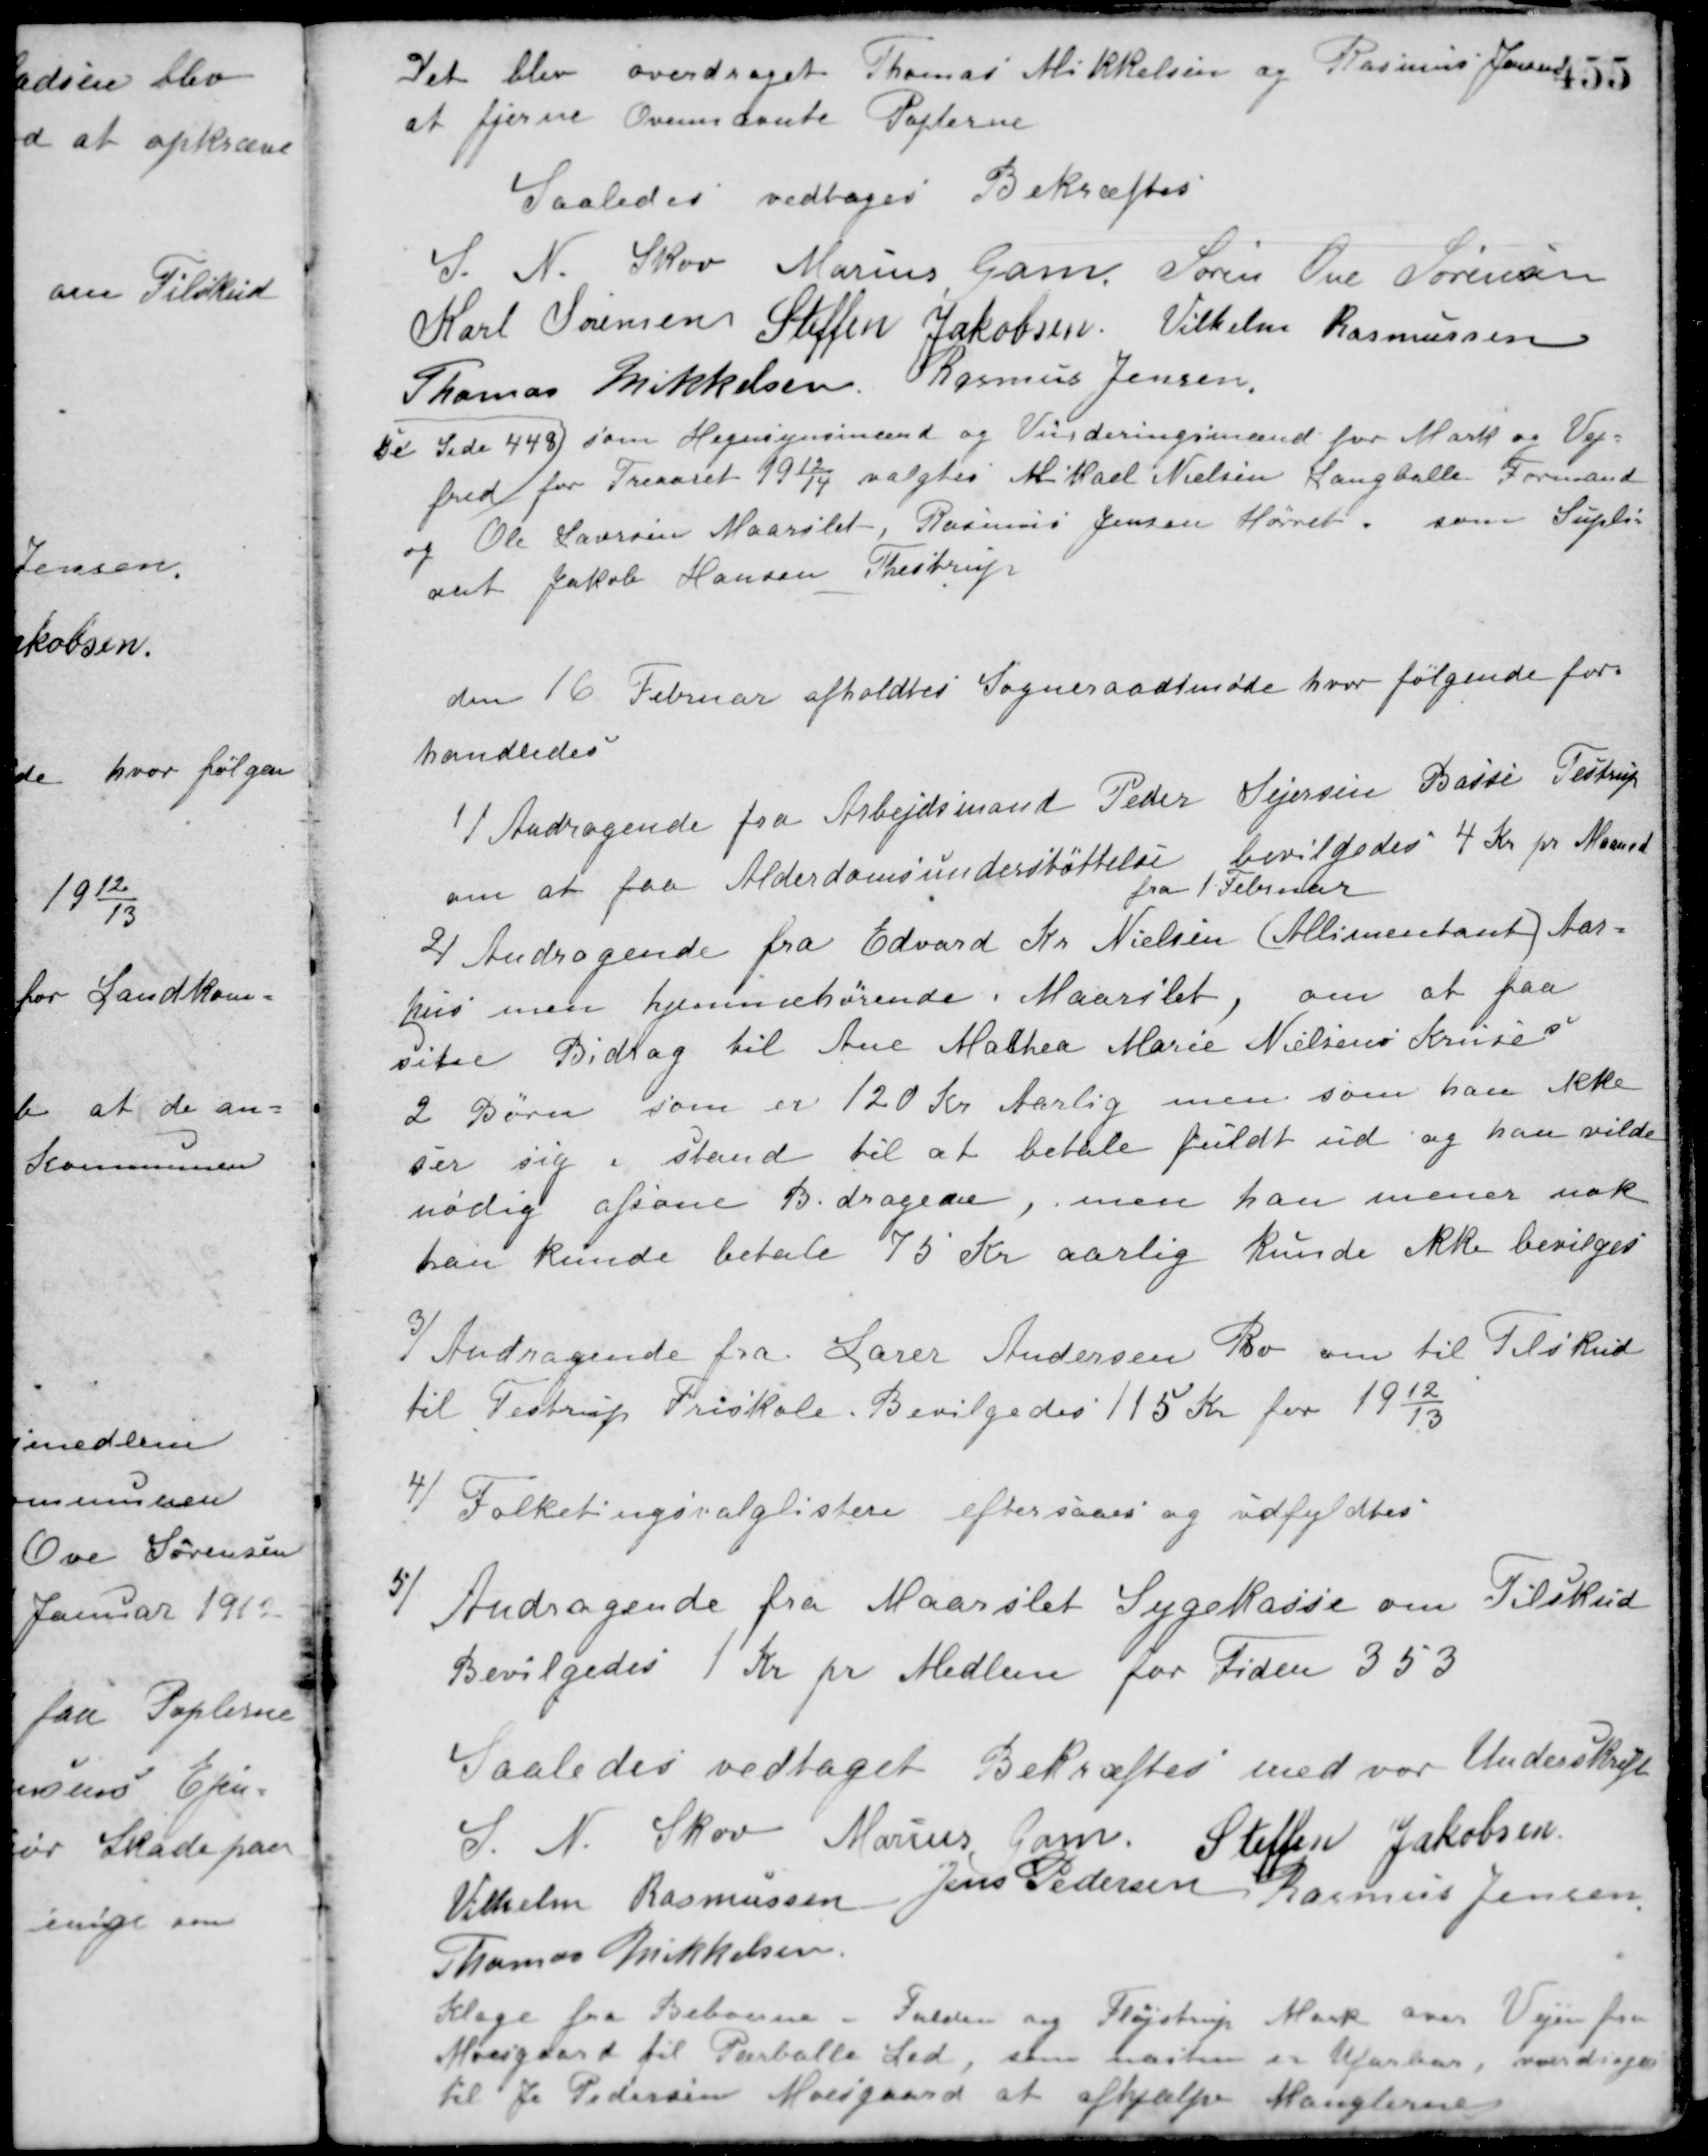
Transskription:
Det blev overdraget Thomas Mikkelsen og Rasmus Jensen
at fjerne Ovennævnte Poplerne.
Saaledes vedtaget Bekræftes
S. N. Skov Marius Gam Søren Ove Sørensen
Karl Sørensen Steffen Jakobsen Vilhelm Rasmussen
Thomas Mikkelsen Rasmus Jensen
Se Side 448)
som Hegnsynsmænd og Vurderingsmænd for Mark og Vej-
fred for Treaaret 1912/14 valgtes Mikael Nielsen Langballe Formand
og Ole Laursen Maarslet, Rasmus Jensen Hørret, som Supli-
ant Jakob Hansen Thestrup.
den 16 Februar afholdtes Sogneraadsmøde hvor følgende for-
handledes
1/ Andragende fra Arbejdsmand Peder Sejersen Basse Testrup
om at faa Alderdomsunderstøttelse. bevilgedes 4 Kr. pr. Maaned
fra 1 Februar.
2/ Andragende fra Edvard Kr. Nielsen (Allimentant) Aar-
hus men hjemmehørende i Maarslet, om at faa
sit Bidrag til Ane Mathea Marie Nielsine Kruses
2 Børn som er 120 Kr. Aarlig, men som han ikke
ser sig i stand til at betale fuldt ud og han vilde
nødig afsone Bidragene, men han mener nok
han kunde betale 75 Kr. aarlig kunde ikke bevilges.
3/
Andragende fra Lærer Andersen Bo om til Tilskud
til Testrup Friskole. Bevilgedes 115 Kr. for 1912/13.
4/ Folketingsvalglisten eftersaaes og udfyldtes.
5/
Andragende fra Maarslet Sygekasse om Tilskud.
Bevilgedes 1 Kr. pr. Medlem for Tiden 353.
Saaledes vedtaget Bekræftes med vor Underskrift
S. N. Skov Marius Gam Steffen Jakobsen
Vilhelm Rasmussen Jens Pedersen Rasmus Jensen
Thomas Mikkelsen
Klage fra Beboerne - Fulden og Fløjstrup Mark over Vejen fra
Moesgaard til Parballe Led, som næsten er ufarbar, overdraget
til J. Pedersen Moesgaard at afhjælpe Manglerne.